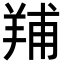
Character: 𦎎